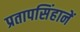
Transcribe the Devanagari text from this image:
प्रतापसिंहानें